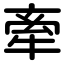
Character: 牽